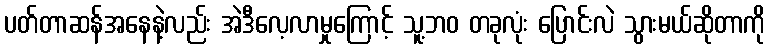
ပတ်တာဆန်အနေနဲ့လည်း အဲဒီလေ့လာမှုကြောင့် သူ့ဘဝ တခုလုံး ပြောင်းလဲ သွားမယ်ဆိုတာကို